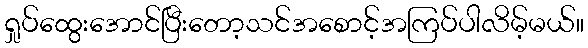
ရှုပ်ထွေးအောင်ပြီးတော့သင်အစောင့်အကြပ်ပါလိမ့်မယ်။